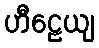
ဟီဠေယျ